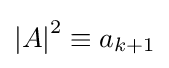
{\left\vert A\right\vert }^{2}\equiv a_{k+1}